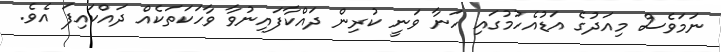
ނަމަވެސް މިއަދުގެ އަޑުއެހުމުގައި ހަނާ ވަނީ ކުރިން ދައްކާފައިނުވާ ވާހަކަތަކެއް ދައްކައިފަ އެވެ.